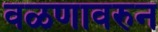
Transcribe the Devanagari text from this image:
वळणावरुन